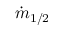
\dot { m } _ { 1 / 2 }